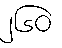
၂၆၀